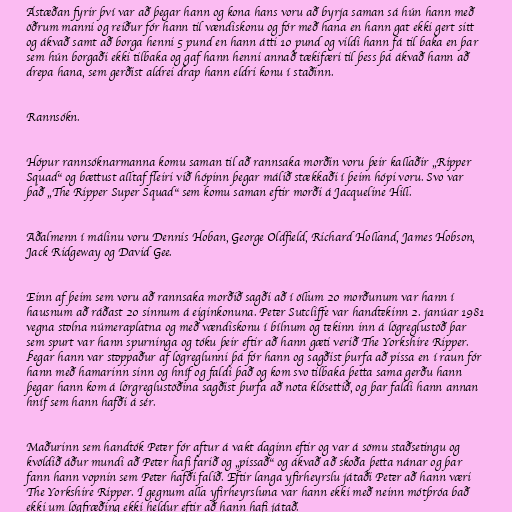
Ástæðan fyrir því var að þegar hann og kona hans voru að byrja saman sá hún hann með
öðrum manni og reiður fór hann til vændiskonu og fór með hana en hann gat ekki gert sitt
og ákvað samt að borga henni 5 pund en hann átti 10 pund og vildi hann fá til baka en þar
sem hún borgaði ekki tilbaka og gaf hann henni annað tækifæri til þess þá ákvað hann að
drepa hana, sem gerðist aldrei drap hann eldri konu í staðinn.

Rannsókn.

Hópur rannsóknarmanna komu saman til að rannsaka morðin voru þeir kallaðir „Ripper
Squad“ og bættust alltaf fleiri við hópinn þegar málið stækkaði í þeim hópi voru. Svo var
það „The Ripper Super Squad“ sem komu saman eftir morði á Jacqueline Hill.

Aðalmenn í málinu voru Dennis Hoban, George Oldfield, Richard Holland, James Hobson,
Jack Ridgeway og David Gee.

Einn af þeim sem voru að rannsaka morðið sagði að í öllum 20 morðunum var hann í
hausnum að ráðast 20 sinnum á eiginkonuna. Peter Sutcliffe var handtekinn 2. janúar 1981
vegna stolna númeraplatna og með vændiskonu í bílnum og tekinn inn á lögreglustöð þar
sem spurt var hann spurninga og tóku þeir eftir að hann gæti verið The Yorkshire Ripper.
Þegar hann var stoppaður af lögreglunni þá fór hann og sagðist þurfa að pissa en í raun fór
hann með hamarinn sinn og hníf og faldi það og kom svo tilbaka þetta sama gerðu hann
þegar hann kom á lörgreglustöðina sagðist þurfa að nota klósettið, og þar faldi hann annan
hníf sem hann hafði á sér.

Maðurinn sem handtók Peter fór aftur á vakt daginn eftir og var á sömu staðsetingu og
kvöldið áður mundi að Peter hafi farið og „pissað“ og ákvað að skoða þetta nánar og þar
fann hann vopnin sem Peter hafði falið. Eftir langa yfirheyrslu játaði Peter að hann væri
The Yorkshire Ripper. Í gegnum alla yfirheyrsluna var hann ekki með neinn mótþróa bað
ekki um lögfræðing ekki heldur eftir að hann hafi játað.